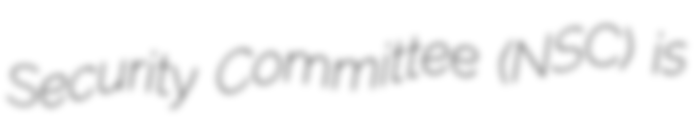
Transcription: Security Committee (NSC) is